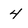
Character: 4